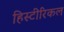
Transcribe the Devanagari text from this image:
हिस्टीरिकल